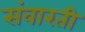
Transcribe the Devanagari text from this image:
संवारती